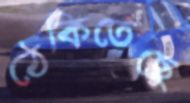
ঠেকিতেছে